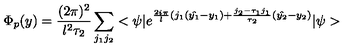
\Phi _ { p } ( y ) = \frac { ( 2 \pi ) ^ { 2 } } { l ^ { 2 } \tau _ { 2 } } \sum _ { j _ { 1 } j _ { 2 } } < \psi | e ^ { \frac { 2 i \pi } { l } ( j _ { 1 } ( \hat { y _ { 1 } } - y _ { 1 } ) + \frac { j _ { 2 } - \tau _ { 1 } j _ { 1 } } { \tau _ { 2 } } ( \hat { y _ { 2 } } - y _ { 2 } ) } | \psi >